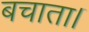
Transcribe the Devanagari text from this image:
बचाता।